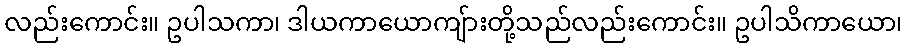
လည်းကောင်း။ ဥပါသကာ၊ ဒါယကာယောကျ်ားတို့သည်လည်းကောင်း။ ဥပါသိကာယော၊